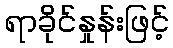
ရာခိုင်နှုန်းဖြင့်